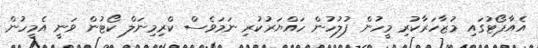
އެއާޕޯޓުގައި މުޒާހަރާކުރި މީހުން ފުލުހުން ހައްޔަރުކުރި ނަމަވެސް ކްރިމިނަލް ކޯޓުން ވަނީ އެމީހުން